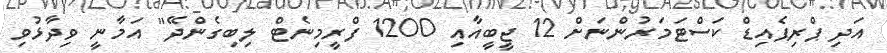
އަދި ޕްރިޕެއިޑް ކަސްޓަމަރުންނަށް 12 ޖީބީއާއި 1200 ފްރީމިނެޓް ލިބިގެންދޭ" އަމާނީ ވިދާޅުވި